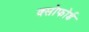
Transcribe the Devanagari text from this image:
क्सोफोर्ड